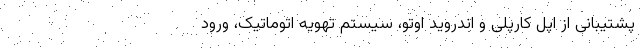
پشتیبانی از اپل کارپلی و اندروید اوتو، سیستم تهویه اتوماتیک، ورود